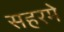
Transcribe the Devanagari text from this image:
सहरमे